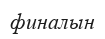
финалын